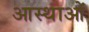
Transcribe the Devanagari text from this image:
आस्‍थाओं